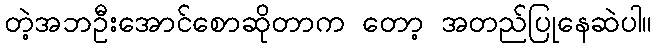
တဲ့အဘဦးအောင်စောဆိုတာက တော့ အတည်ပြုနေဆဲပါ။